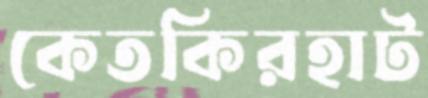
কেতকিরহাট